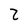
Character: 2